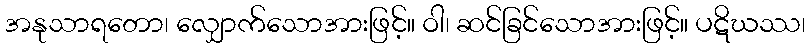
အနုသာရတော၊ လျှောက်သောအားဖြင့်။ ဝါ၊ ဆင်ခြင်သောအားဖြင့်။ ပဋိဃဿ၊